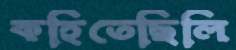
কহিতেছিলি